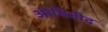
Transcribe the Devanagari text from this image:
ओमितीद